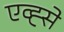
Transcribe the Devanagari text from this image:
एव्ह्से